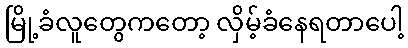
မြို့ခံလူတွေကတော့ လှိမ့်ခံနေရတာပေါ့